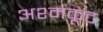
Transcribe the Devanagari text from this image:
अश्मकूट